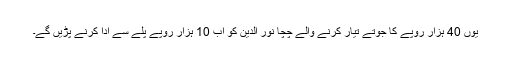
یوں 40 ہزار روپے کا جوتے تیار کرنے والے چچا نور الدین کو اب 10 ہزار روپے پلے سے ادا کرنے پڑیں گے۔